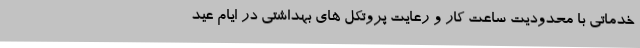
خدماتی با محدودیت ساعت کار و رعایت پروتکل های بهداشتی در ایام عید